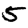
Digit: 5